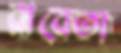
রাবেতা